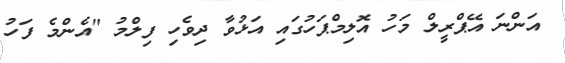
އަންނަ އޭޕްރީލް މަހު އޮލިމްޕަހުގައި އަޅުވާ ދިވެހި ފިލްމު "އެންމެ ފަހު